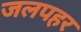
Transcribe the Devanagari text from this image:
जलपहर